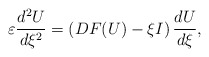
\begin{align*}\varepsilon \frac{d^2 U}{d \xi^2}=\left(DF(U)-\xi I\right)\frac{d U}{d \xi},\end{align*}